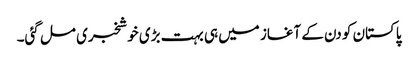
پاکستان کو دن کے آغاز میں ہی بہت بڑی خوشخبری مل گئی۔